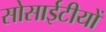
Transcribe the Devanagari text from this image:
सोसाईटीयों